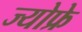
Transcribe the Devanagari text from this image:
ज्योफ्रे